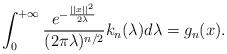
LaTeX: \begin{align*}\int_0^{+\infty}\frac{e^{-\frac{||x||^2}{2\lambda}}}{(2\pi\lambda)^{n/2}}k_n(\lambda)d\lambda=g_n(x).\end{align*}